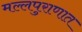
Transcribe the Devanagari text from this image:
मल्लपुराणात